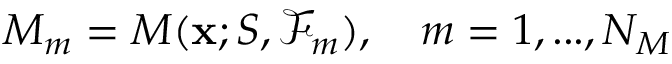
M _ { m } = M ( \mathbf { x } ; S , \mathcal { F } _ { m } ) , \quad m = 1 , . . . , N _ { M }